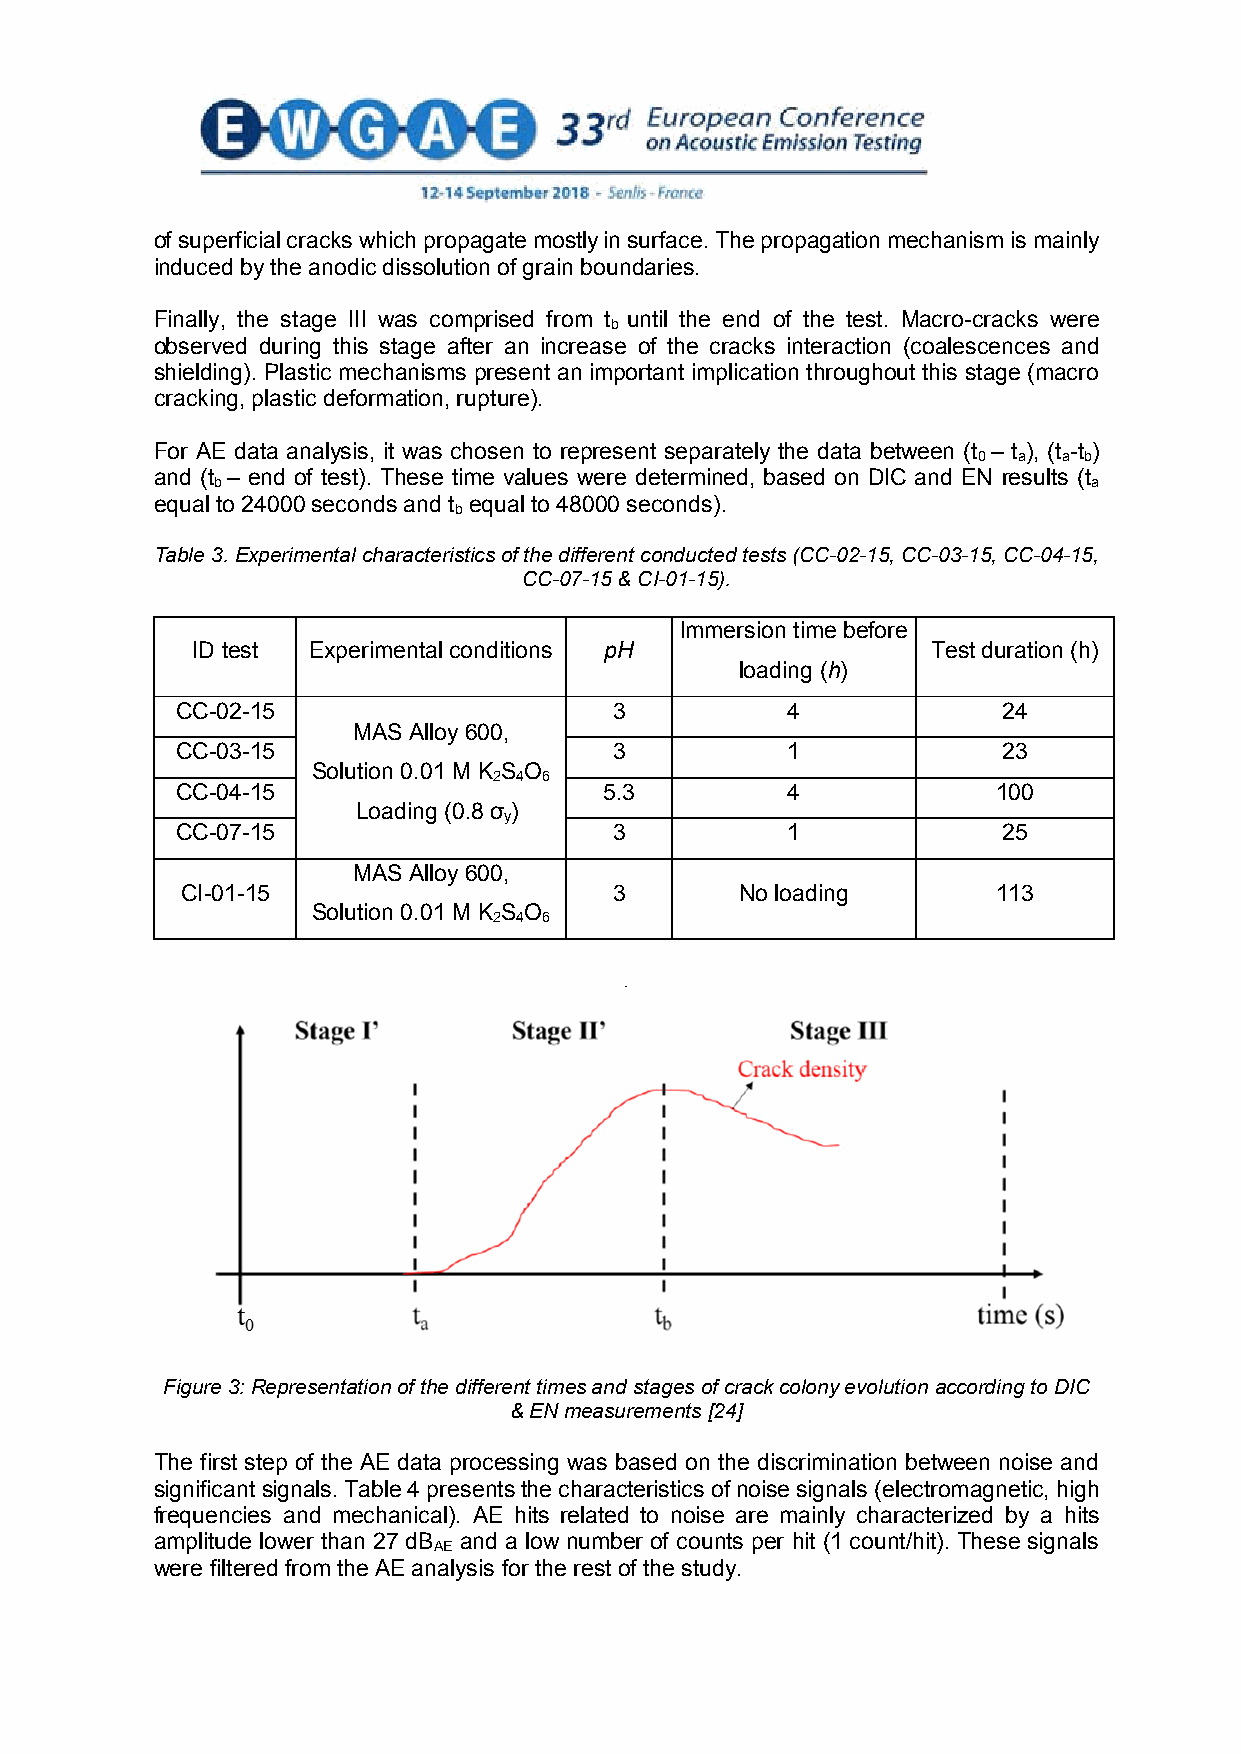
of superficial cracks which propagate mostly in surface. The propagation mechanism is mainly
 induced by the anodic dissolution of grain boundaries.
 Finally, the stage III was comprised from t until the end of the test. Macro-cracks were
 b
 observed during this stage after an increase of the cracks interaction (coalescences and
 shielding). Plastic mechanisms present an important implication throughout this stage (macro
 cracking, plastic deformation, rupture).
 For AE data analysis, it was chosen to represent separately the data between (t – t ), (t -t )
 0 a  a b
 and (t – end of test). These time values were determined, based on DIC and EN results (t
 b                                                         a
 equal to 24000 seconds and t equal to 48000 seconds).
 b
 Table 3. Experimental characteristics of the different conducted tests (CC-02-15, CC-03-15, CC-04-15,
 CC-07-15 & CI-01-15).
 Immersion time before
 ID test Experimental conditions pH               Test duration (h)
 loading (h)
 CC-02-15                     3          4             24
 MAS Alloy 600,
 CC-03-15                     3          1             23
 Solution 0.01 M K S O
 2 4 6
 CC-04-15                    5.3         4             100
 Loading (0.8 σ )
 y
 CC-07-15                     3          1             25
 MAS Alloy 600,
 CI-01-15                     3       No loading       113
 Solution 0.01 M K S O
 2 4 6
 .
 Figure 3: Representation of the different times and stages of crack colony evolution according to DIC
 & EN measurements [24]
 The first step of the AE data processing was based on the discrimination between noise and
 significant signals. Table 4 presents the characteristics of noise signals (electromagnetic, high
 frequencies and mechanical). AE hits related to noise are mainly characterized by a hits
 amplitude lower than 27 dB and a low number of counts per hit (1 count/hit). These signals
 AE
 were filtered from the AE analysis for the rest of the study.
 5